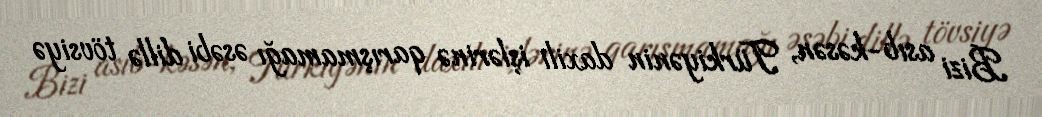
Bizi asıb-kəsən, Türkiyənin daxili işlərinə qarışmamağı əsəbi dillə tövsiyə